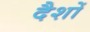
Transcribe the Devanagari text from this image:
दैशों